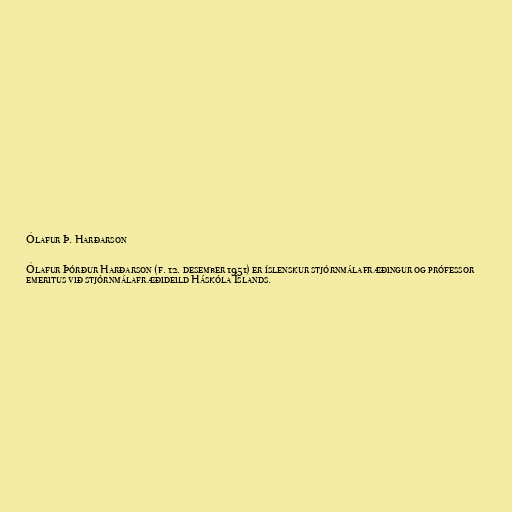
Ólafur Þ. Harðarson

Ólafur Þórður Harðarson (f. 12. desember 1951) er íslenskur stjórnmálafræðingur og prófessor
emeritus við stjórnmálafræðideild Háskóla Íslands.